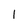
Character: l